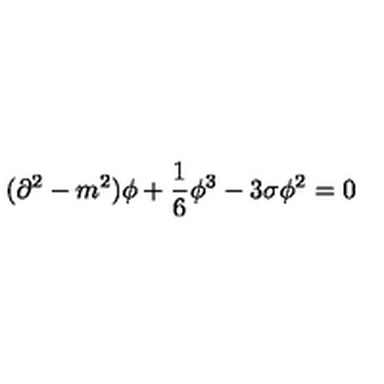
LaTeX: ( \partial ^ { 2 } - m ^ { 2 } ) \phi + \frac { 1 } { 6 } \phi ^ { 3 } - 3 \sigma \phi ^ { 2 } = 0